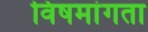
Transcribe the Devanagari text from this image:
विषमांगता